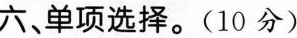
六、单项选择.(10 分)